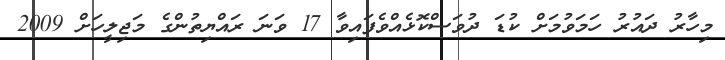
މިހާރު ދައުރު ހަމަވުމަށް ކުޑަ ދުވަސްކޮޅެއްވެފައިވާ 17 ވަނަ ރައްޔިތުންގެ މަޖިލީހަށް 2009